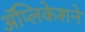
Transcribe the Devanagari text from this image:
ॲप्लिकेशने